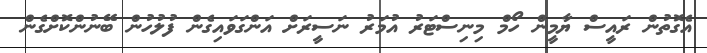
އެގޮތުން ރައީސް ޔާމީން ހޯމް މިނިސްޓަރު އުމަރު ނަސީރަށް އަންގަވައިގެން ފުލުހުން ބޭނުންކޮށްގެން